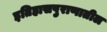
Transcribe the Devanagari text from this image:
इतिहासपुराणातील